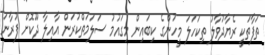
ތަފާތަކީ ރެޔާދުވާލު ތިކަހަލަ މީހުންގެ ކިބައިން މިގައުމު ސަލަމަތްކުރަން އާއިލާ ދޫކޮށް ފުރާނަ